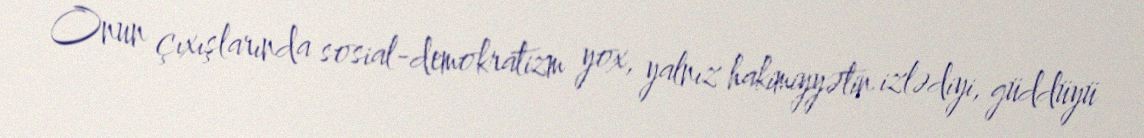
Onun çıxışlarında sosial-demokratizm yox, yalnız hakimiyyətin izlədiyi, güddüyü